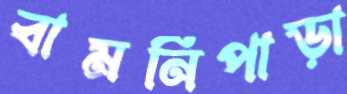
বামনিপাড়া